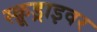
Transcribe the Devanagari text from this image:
स्क्रूड्राइवर